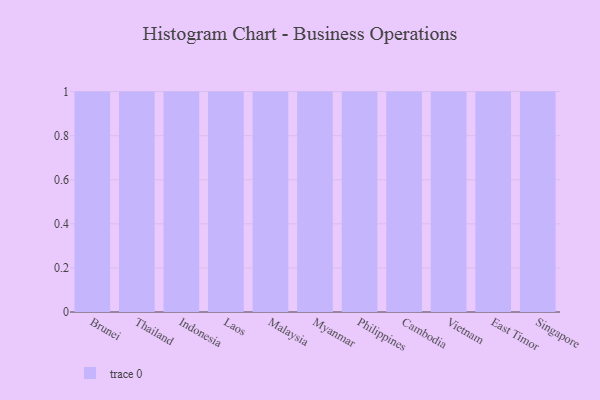
{"axis": {"x": "Country", "y": "Budget (USD K)"}, "legend": [""], "data": [{"x": "Brunei", "y": 32, "type": ""}, {"x": "Thailand", "y": 64, "type": ""}, {"x": "Indonesia", "y": 94, "type": ""}, {"x": "Laos", "y": 83, "type": ""}, {"x": "Malaysia", "y": 55, "type": ""}, {"x": "Myanmar", "y": 19, "type": ""}, {"x": "Philippines", "y": 1, "type": ""}, {"x": "Cambodia", "y": 63, "type": ""}, {"x": "Vietnam", "y": 20, "type": ""}, {"x": "East Timor", "y": 3, "type": ""}, {"x": "Singapore", "y": 13, "type": ""}]}